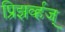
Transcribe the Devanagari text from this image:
प्रिझर्व्हज्